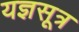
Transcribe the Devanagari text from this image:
यज्ञसूत्र